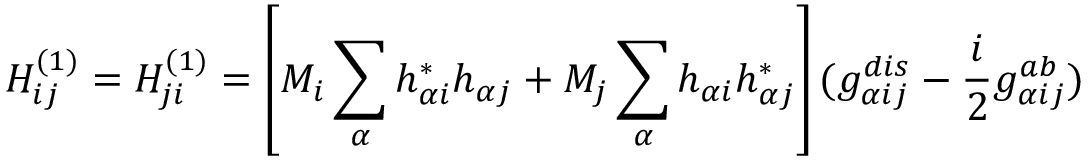
H _ { i j } ^ { ( 1 ) } = H _ { j i } ^ { ( 1 ) } = \left[ M _ { i } \sum _ { \alpha } h _ { \alpha i } ^ { \ast } h _ { \alpha j } + M _ { j } \sum _ { \alpha } h _ { \alpha i } h _ { \alpha j } ^ { \ast } \right] ( g _ { \alpha i j } ^ { d i s } - \frac { i } { 2 } g _ { \alpha i j } ^ { a b } )